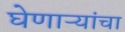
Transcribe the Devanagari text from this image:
घेणाऱ्यांचा